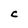
Character: C